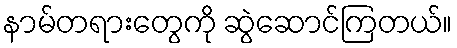
နာမ်တရားတွေကို ဆွဲဆောင်ကြတယ်။